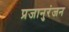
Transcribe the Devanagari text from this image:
प्रजानुरंजन